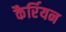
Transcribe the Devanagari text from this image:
कैर्रियन